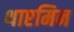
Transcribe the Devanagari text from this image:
थाएमिन